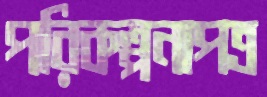
পরিকল্পনাপত্র